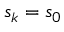
s _ { k } = s _ { 0 }